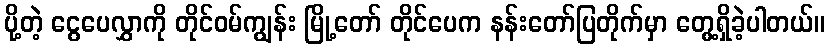
ပို့တဲ့ ငွေပေလွှာကို တိုင်ဝမ်ကျွန်း မြို့တော် တိုင်ပေက နန်းတော်ပြတိုက်မှာ တွေ့ရှိခဲ့ပါတယ်။